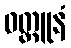
ဝတ္ထူနံ